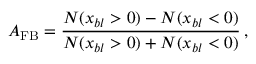
A _ { \mathrm { F B } } = \frac { N ( x _ { b l } > 0 ) - N ( x _ { b l } < 0 ) } { N ( x _ { b l } > 0 ) + N ( x _ { b l } < 0 ) } \, ,